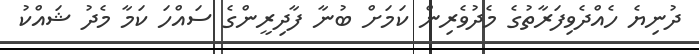
ދުނިޔެ ހެއްދެވިފަރާތުގެ މެދުވެރިން ކަމަށް ބުނާ ފާދިރީންގެ ސައްހަ ކަމާ މެދު ޝައްކު